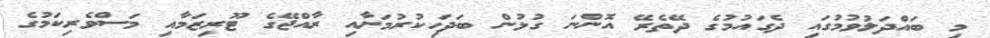
މި ބައްދަލުވުމުގައި ދެގައުމުގެ ދޭތެރޭ އޮންނަ ގުޅުން ބަދަހިކުރުމަށާއި ރާއްޖޭގެ ޓޫރިޒަމާއި މަސްވެރިކަމުގެ